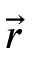
\vec { r }